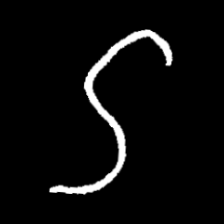
Pyu character \u2014 Myanmar letter: ဌ (romanized: ttha)